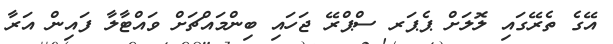
އޭގެ ތެރޭގައި ލޮލަށް ޕެޕަރ ސްޕްރޭ ޖަހައި ބިންމައްޗަށް ވައްޓާލާ ފައިން އަރާ